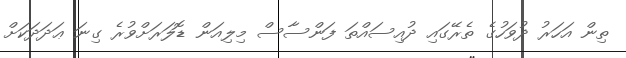
ތިން އަހަރު ދުވަހުގެ ތެރޭގައި ދުއިސައްތަ ފަންސާސް މިލިއަން ޑޮލަރަށްވުރެ ގިނަ ޢަދަދަކަށް